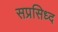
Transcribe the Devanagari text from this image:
सप्रसिध्द